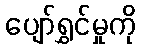
ပျော်ရွှင်မှုကို